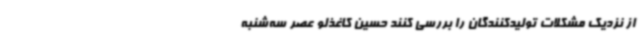
از نزدیک مشکلات تولیدکنندگان را بررسی کنند حسین کاغذلو عصر سه‌شنبه